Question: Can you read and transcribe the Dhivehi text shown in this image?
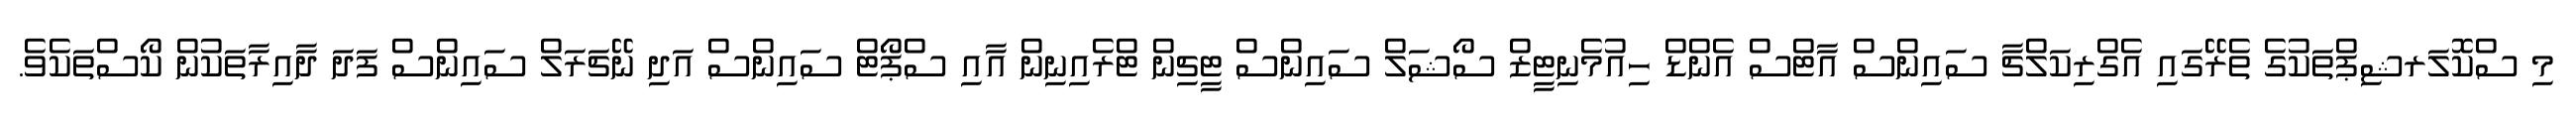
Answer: މި ސްކޮލަރޝިޕްތަކުގެ ތެރޭގައި އެގްރިކަލްޗާ ސައިންސް އާޓްސް އެންޑް ހިއުމެނިޓީޒް ސޯޝަލް ސައިންސް ޓީޗިން ޓްރެއިނިން އާއި ސްޕޯޓް ސައިންސް އަދި ނޭޗަރަލް ސައިންސް ފަދަ ދާއިރާތަކުން ކޯސްތަކެވެ.